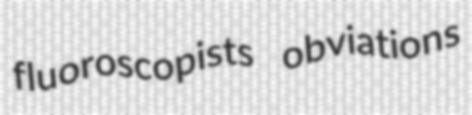
fluoroscopists obviations